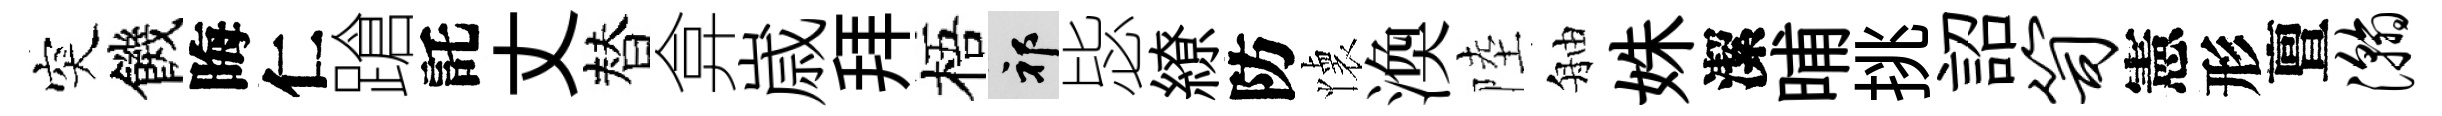
突饑晦仁蹌託丈替弇𡻕拜梧祁毖繚防懐渙陸舳姝潔晡挑詔笥憲形亶瀚